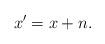
LaTeX: \begin{align*}x'=x+n.\end{align*}